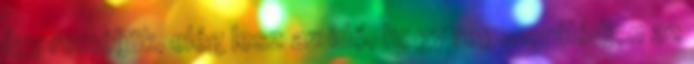
így reméljük, elég lesz az idő, hogy regenerálódjon az